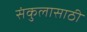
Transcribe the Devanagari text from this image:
संकुलासाठी